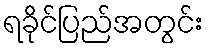
ရခိုင်ပြည်အတွင်း